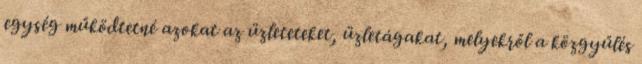
egység működtetné azokat az üzleteteket, üzletágakat, melyekről a közgyűlés